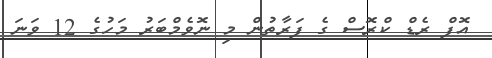
އޮފް ރެޑް ކްރޮސް ގެ ފަރާތުން މި ނޮވެމްބަރު މަހުގެ 12 ވަނަ